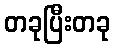
တခုပြီးတခု